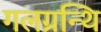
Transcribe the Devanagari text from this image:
गलग्रन्थि